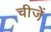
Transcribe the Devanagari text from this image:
चीजे़ें